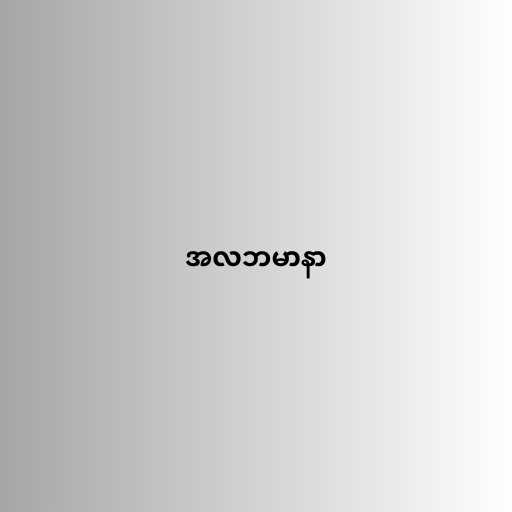
အလဘမာနာ